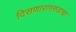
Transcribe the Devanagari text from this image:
दिसणारागरुडाचा